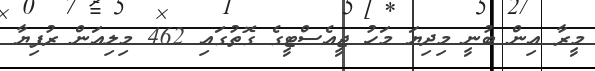
މީރާ އިން ބުނީ މިދިޔަ މަހު ޖީއެސްޓީގެ ގޮތުގައި 462 މިލިއަން ރުފިޔާ